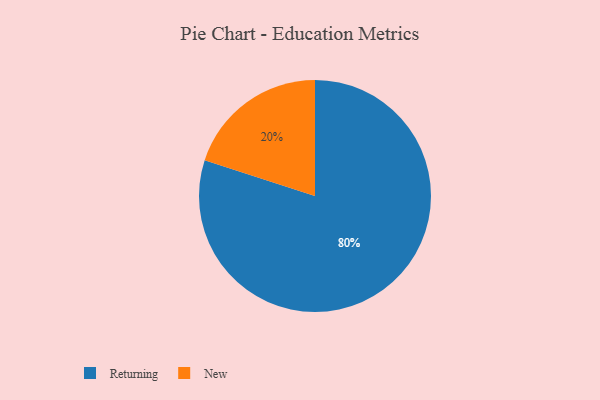
{"axis": {"x": "Category", "y": "Percentage"}, "legend": ["New", "Returning"], "data": [{"x": "Returning", "y": 80, "type": "Returning"}, {"x": "New", "y": 20, "type": "New"}]}